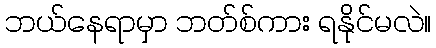
ဘယ်နေရာမှာ ဘတ်စ်ကား ရနိုင်မလဲ။